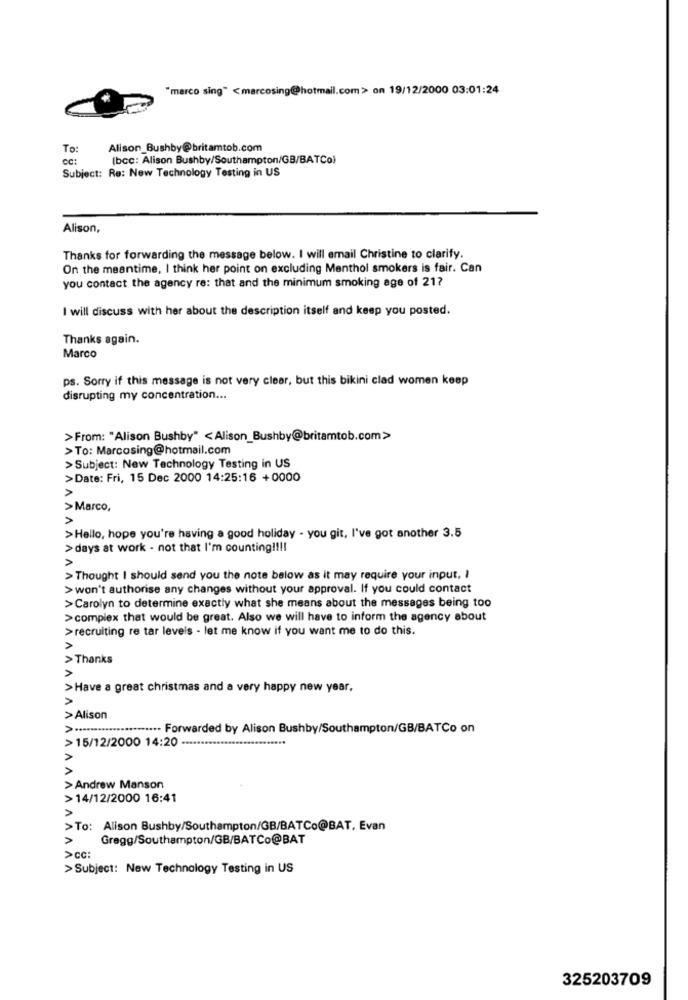
"marco sing" <marcosing@hotmail.com > on 19/12/2000 03:01:24
To:
Alison_Bushby@britamtob.com
cc:
(bcc: Alison Bushby/Southampton/GB/BATCo)
Subject: Re: New Technology Testing in US
Alison,
Thanks for forwarding the message below. I will email Christine to clarify.
On the meantime, I think her point on excluding Menthol smokers is fair. Can
you contact the agency re: that and the minimum smoking age of 21?
I will discuss with her about the description itself and keep you posted.
Thanks again.
Marco
ps. Sorry if this message is not very clear, but this bikini clad women keep
disrupting my concentration ...
>From: "Alison Bushby" <Alison_Bushby@britamtob.com>
> To: Marcosing@hotmail.com
>Subject: New Technology Testing in US
>Date: Fri, 15 Dec 2000 14:25:16 +0000
A
>Marco,
>Hello, hope you're having a good holiday - you git, I've got another 3.5
> days at work - not that I'm counting !!!!
> Thought I should send you the note below as it may require your input, I
> won't authorise any changes without your approval. If you could contact
>Carolyn to determine exactly what she means about the messages being too
>complex that would be great. Also we will have to inform the agency about
>recruiting re tar leveis - let me know if you want me to do this.
A
> Thanks
>
>Have a great christmas and a very happy new year.
> Alison
..... Forwarded by Alison Bushby/Southampton/GB/BATCo on
> 15/12/2000 14:20
> Andrew Manson
AANI
>14/12/2000 16:41
>To: Alison Bushby/Southampton/GB/BATCo@BAT, Evan
V V
Gregg/Southampton/GB/BATCo@BAT
>ca:
>Subject: New Technology Testing in US
325203709